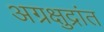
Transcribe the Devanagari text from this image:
अग्रक्षुद्रांत